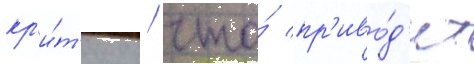
кр'и́т'ику / что́ пр'иво́д'ит